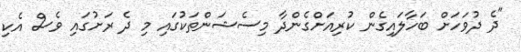
"ދެ ދުވަހަށް ބަހާލައިގެން ކުރިއަށްގެންދާ މިސެޝަންތަކުގައި މި ދެ ރަށުގައި ވެސް އެކި